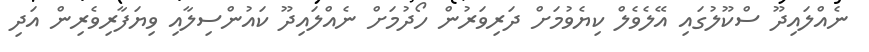
ނެއްލައިދޫ ސްކޫލުގައި އޭލެވެލް ކިޔެވުމަށް ދަރިވަރުން ހޯދުމަށް ނެއްލައިދޫ ކައުންސިލާއި ވިޔަފާރިވެރިން އަދި